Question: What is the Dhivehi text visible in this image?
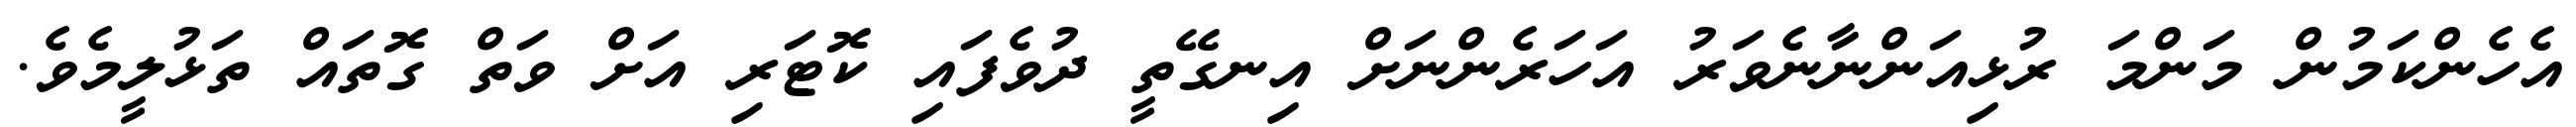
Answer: އެހެންކަމުން މަންމަ ރުޅިއަންނާނެވަރު އަހަރެންނަށް އިނގޭތީ ދުވެފައި ކޮޓަރި އަށް ވަތް ގޮތައް ތަޅުލީމެވެ.